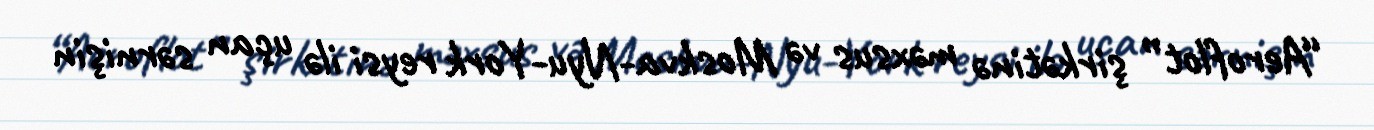
“Aeroflot” şirkətinə məxsus və Moskva-Nyu-York reysi ilə uçan sərnişin